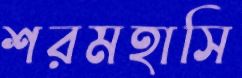
শরমহাসি